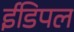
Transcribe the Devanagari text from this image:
ईडिपल